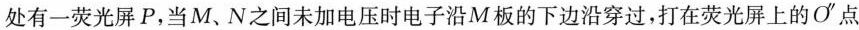
处有一荧光屏P，当M、N之间未加电压时电子沿M板的下边沿穿过，打在荧光屏上的O”点